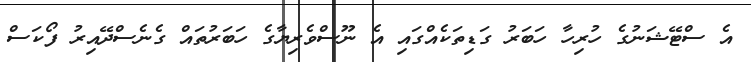
އެ ސްޓޭޝަނުގެ ހުރިހާ ހަބަރު ގަޑިތަކެއްގައި އެ ނޫސްވެރިޔާގެ ހަބަރުތައް ގެނެސްދޭއިރު ފޯކަސް